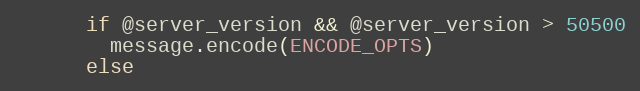
Language: Ruby
      if @server_version && @server_version > 50500
        message.encode(ENCODE_OPTS)
      else